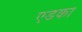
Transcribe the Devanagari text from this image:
एडका